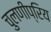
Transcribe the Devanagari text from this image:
चुलणीप्रिय